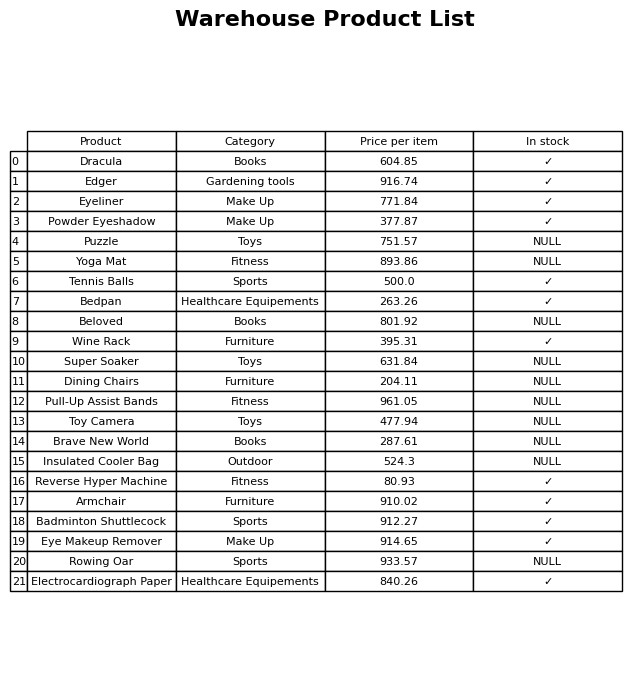
question: What is the stock status of the Eye Makeup Remover?
answer: ✓